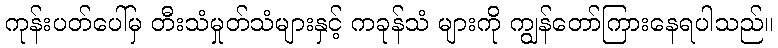
ကုန်းပတ်ပေါ်မှ တီးသံမှုတ်သံများနှင့် ကခုန်သံ များကို ကျွန်တော်ကြားနေရပါသည်။